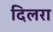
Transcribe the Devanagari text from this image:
दिलरा